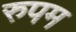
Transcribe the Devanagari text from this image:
रुपम